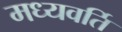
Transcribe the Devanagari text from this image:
मध्यवर्ति